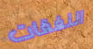
النفقات